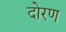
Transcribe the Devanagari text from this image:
दोरण